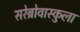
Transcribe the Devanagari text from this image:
सरेब्रोवास्कुला